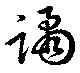
譎